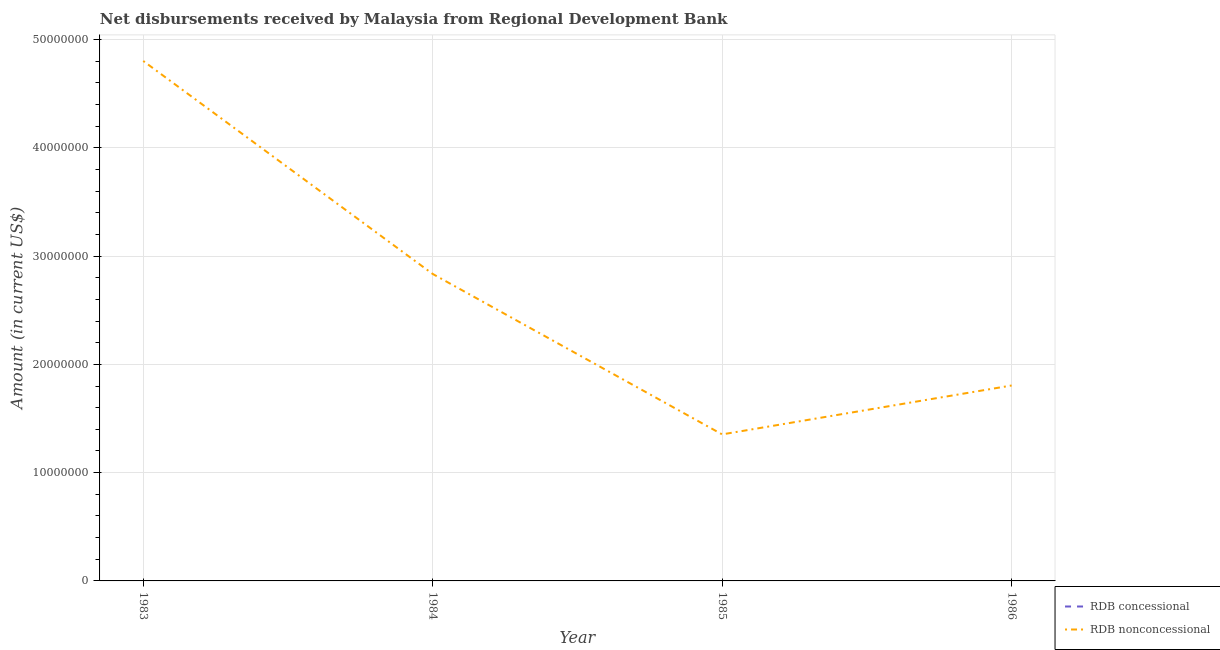
| Year | RDB concessional | RDB nonconcessional |
 | --- | --- | --- |
 | 1983 | -1.66e+05 | 4.8e+07 |
 | 1984 | -1.71e+05 | 2.83e+07 |
 | 1985 | -1.75e+05 | 1.35e+07 |
 | 1986 | -1.82e+05 | 1.8e+07 |